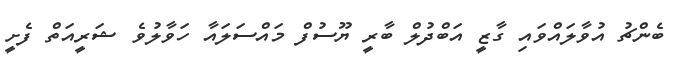
ބެންޗު އުވާލައްވައި ގާޒީ އަބްދުލް ބާރީ ޔޫސުފް މައްސަލައާ ހަވާލުވެ ޝަރީއަތް ފެށީ